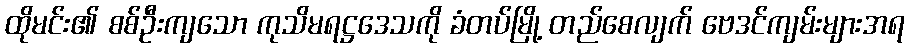
ထိုမင်း၏ စစ်ဦးကျသော ကုသိမရဋ္ဌဒေသကို ခံတပ်မြို့ တည်စေလျက် ဗေဒင်ကျမ်းများအရ